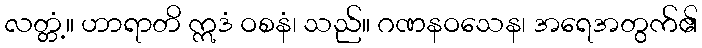
လတ္တံ့။ ဟာရာတိ ဣဒံ ဝစနံ၊ သည်။ ဂဏနဝသေန၊ အရေအတွက်၏